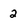
Character: 2